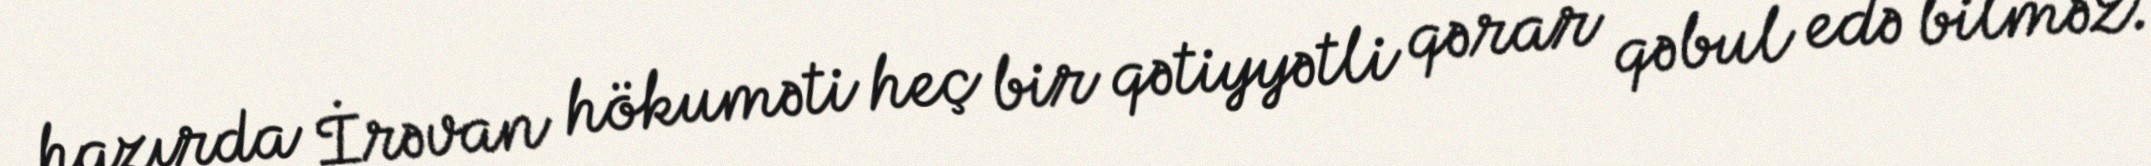
hazırda İrəvan hökuməti heç bir qətiyyətli qərar qəbul edə bilməz.